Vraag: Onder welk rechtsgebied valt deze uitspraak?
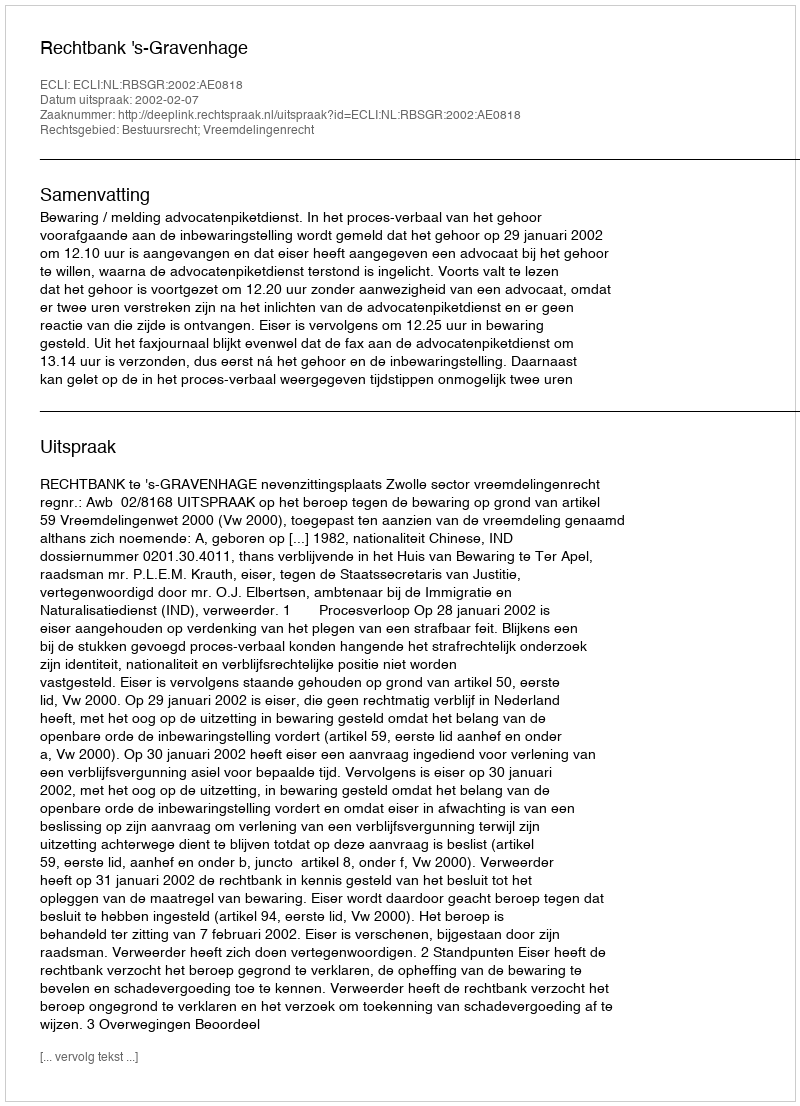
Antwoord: Bestuursrecht; Vreemdelingenrecht